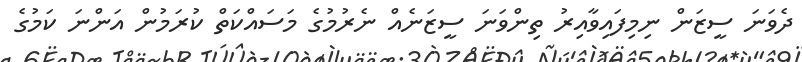
ދެވަނަ ސީޒަން ނިމިފައިވާއިރު ތިންވަނަ ސީޒަނެއް ނެރުމުގެ މަސައްކަތް ކުރަމުން އަންނަ ކަމުގެ